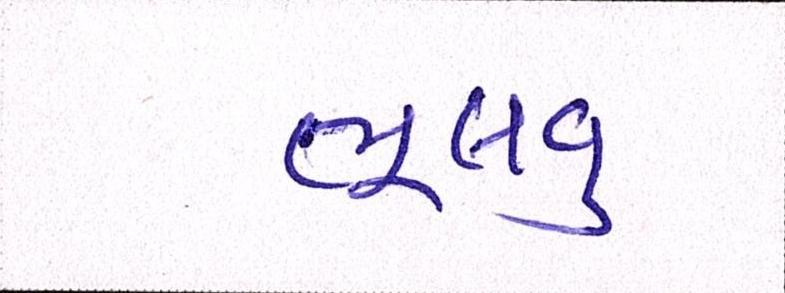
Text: ભૂલવુ